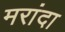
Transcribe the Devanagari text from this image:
मरांदा